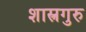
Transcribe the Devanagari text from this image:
शास्त्रगुरु